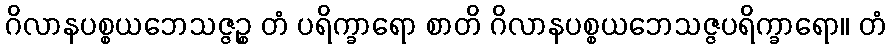
ဂိလာနပစ္စယဘေသဇ္ဇဉ္စ တံ ပရိက္ခာရော စာတိ ဂိလာနပစ္စယဘေသဇ္ဇပရိက္ခာရော။ တံ